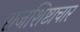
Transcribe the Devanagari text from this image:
राजशिष्टाचार